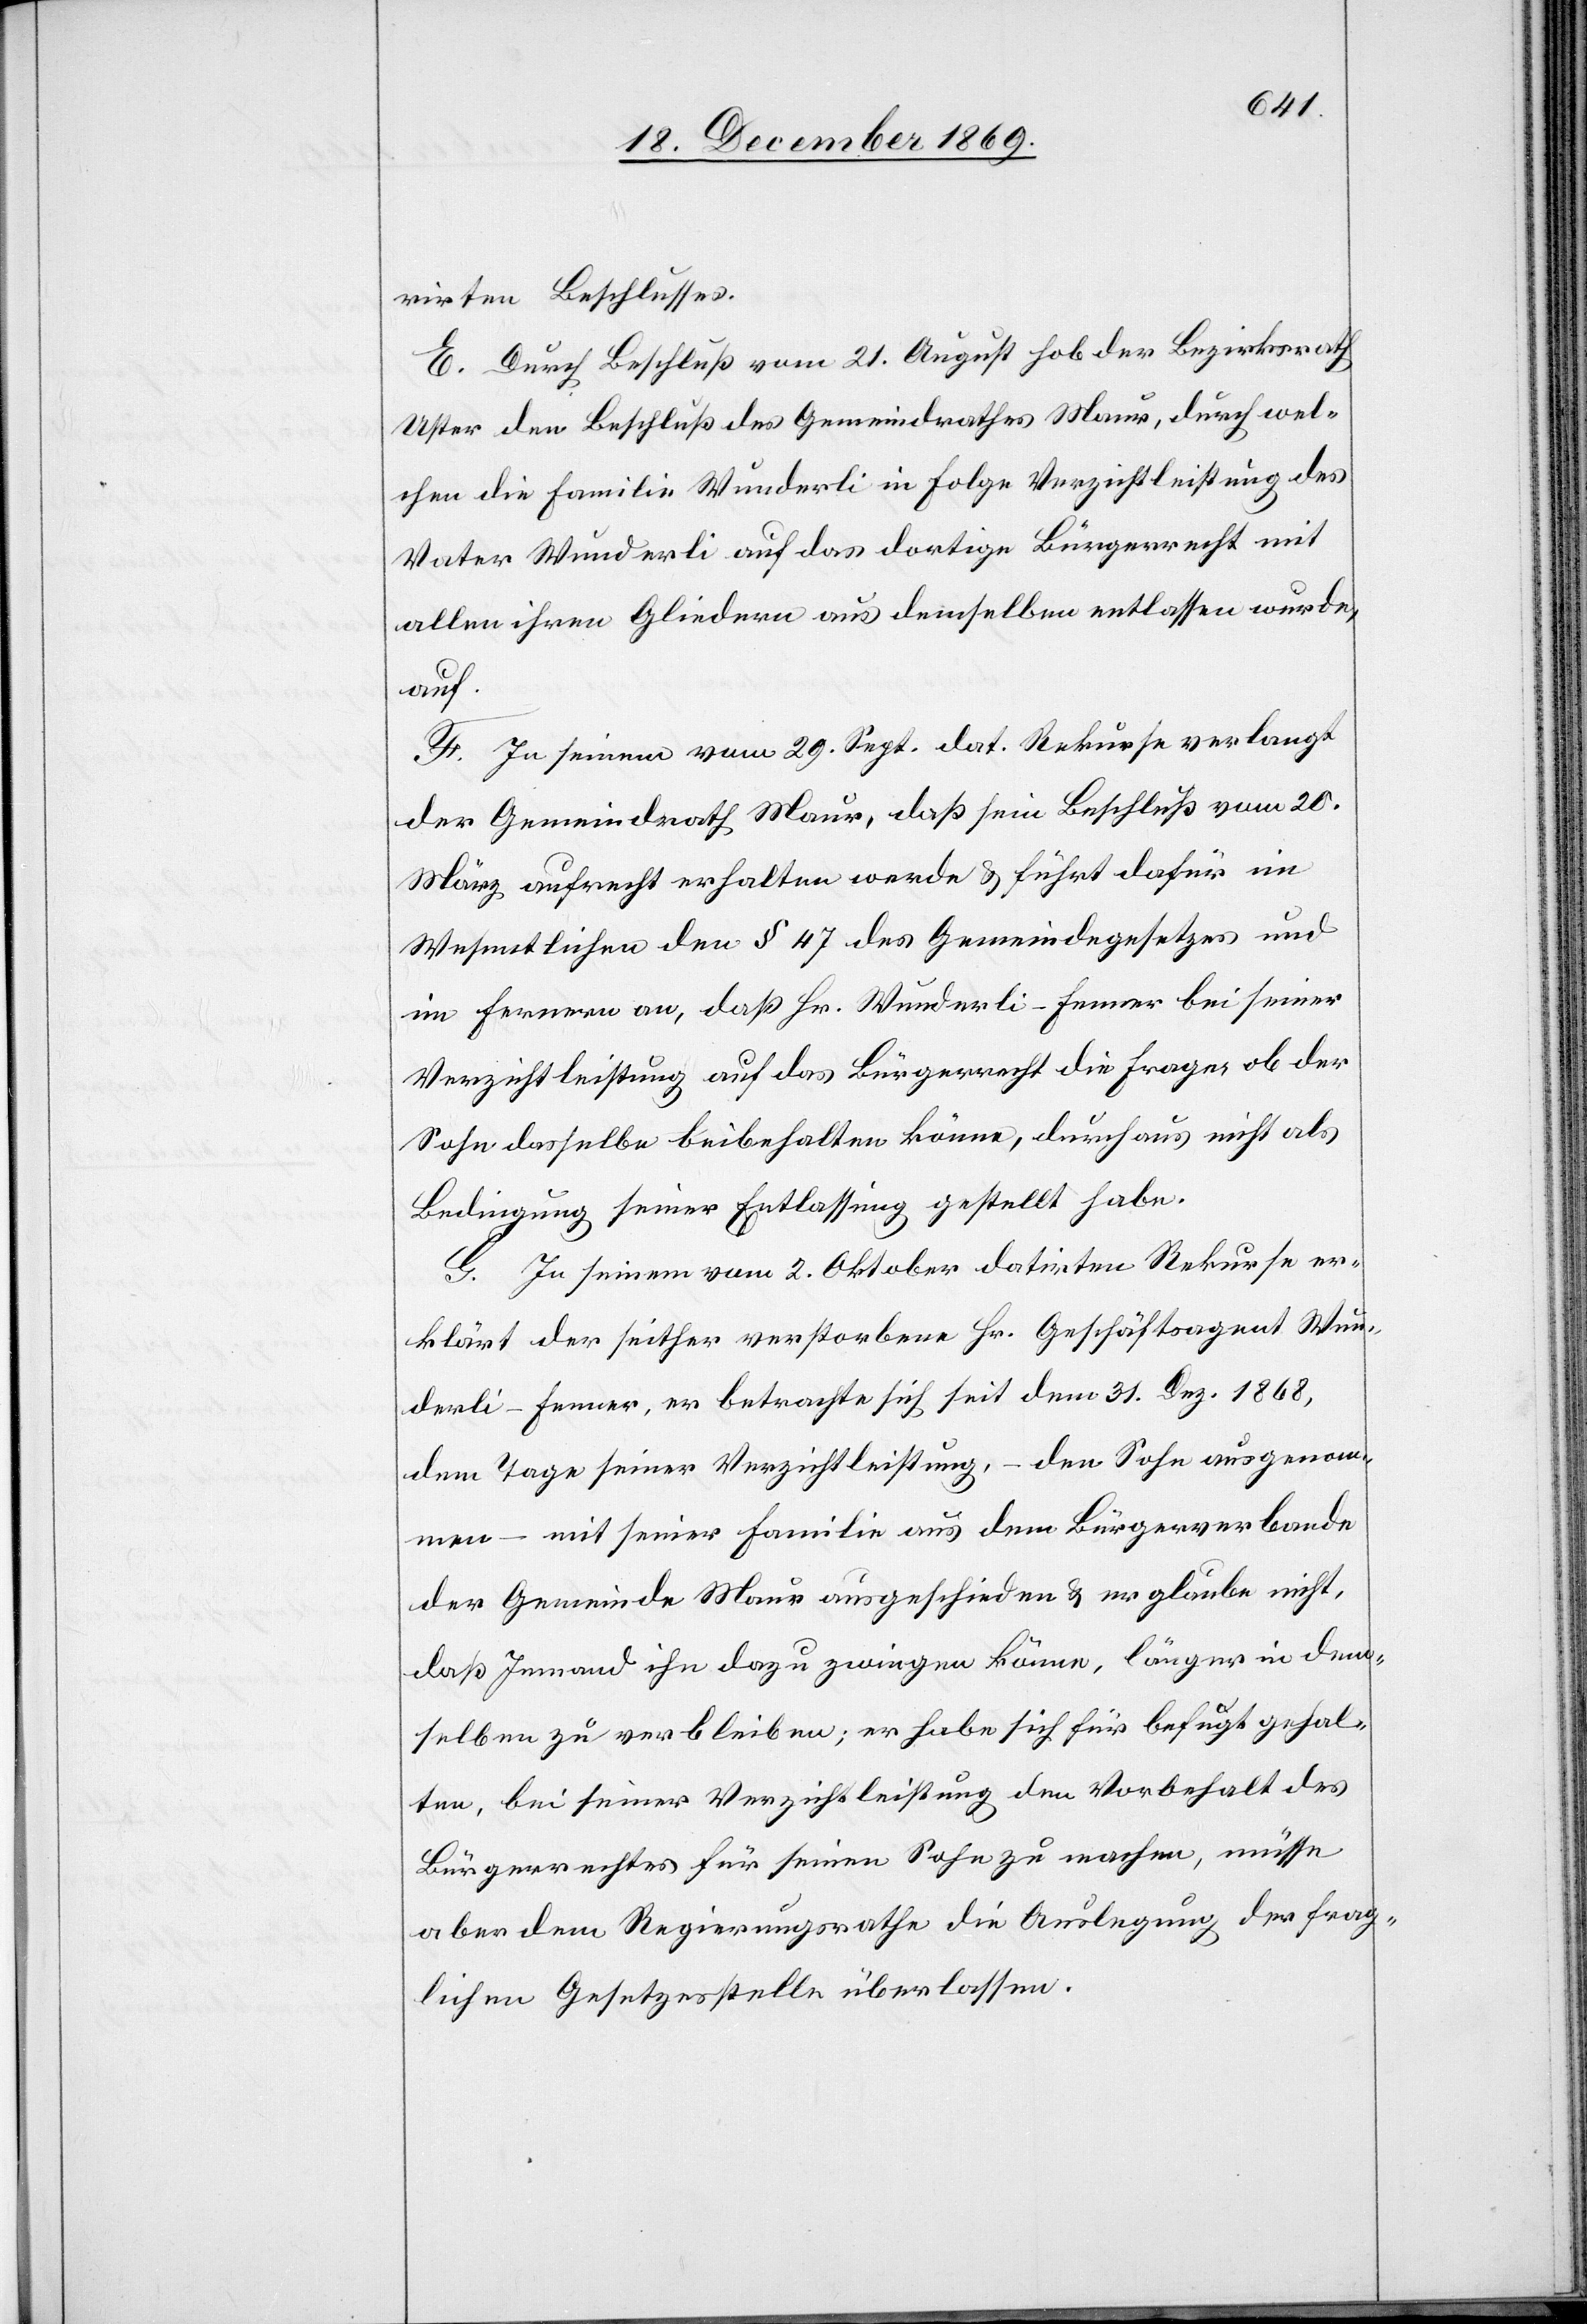
rirten Beschlusses.
[sic!] Durch Beschluß vom 21. August hob der Bezirksrath
Uster den Beschluß des Gemeindrathes Maur, durch wel¬
chen die Familie Wunderli in Folge Verzichtleistung des
Vater Wunderli auf das dortige Bürgerrecht mit
allen ihren Gliedern aus demselben entlassen wurde,
auf.
F. In seinem vom 29. Sept. dat. Rekurse verlangt
der Gemeindrath Maur, daß sein Beschluß vom 20.
März aufrecht erhalten werde & führt dafür im
Wesentlichen den § 47 des Gemeindegesetzes und
im Fernern an, daß Hr. Wunderli-Fenner bei seiner
Verzichtleistung auf das Bürgerrecht die Frage, ob der
Sohn dasselbe beibehalten könne, durchaus nicht als
Bedingung seiner Entlassung gestellt habe.
G. In seinem vom 2. Oktober datirten Rekurse er¬
klärt der seither verstorbene Hr. Geschäftsagent Wun¬
derli-Fenner, er betrachte sich seit dem 31. Dez. 1868,
dem Tage seiner Verzichtleistung, – den Sohn ausgenom¬
men – mit seiner Familie aus dem Bürgerverbande
der Gemeinde Maur ausgeschieden & er glaube nicht,
daß Jemand ihn dazu zwingen könne, länger in dem¬
selben zu verbleiben; er habe sich für befugt gehal¬
ten, bei seiner Verzichtleistung den Vorbehalt des
Bürgerrechtes für seinen Sohn zu machen, müsse
aber dem Regierungsrathe die Auslegung der frag¬
lichen Gesetzesstelle überlassen.